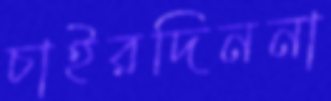
চাইরদিননা